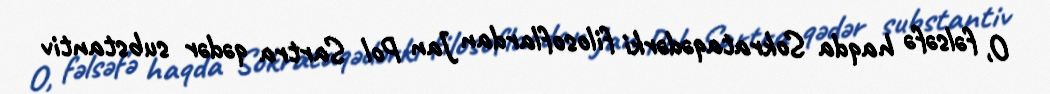
O, fəlsəfə haqda Sokrataqədərki filosoflardan Jan Pol Sartra qədər substantiv